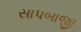
સાપબાજી